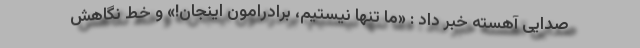
صدایی آهسته خبر داد : «ما تنها نیستیم، برادرامون اینجان!» و خط نگاهش